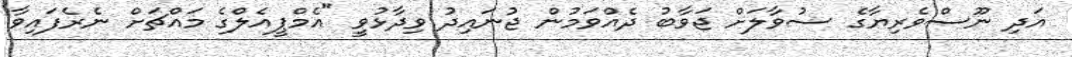
އަދި ނޫސްވެރިޔާގެ ސުވާލަށް ޖަވާބު ދެއްވަމުން ޖުނައިދު ވިދާޅުވީ "އެމްޕީއެލްގެ މައްޗަށް ނެރެފައިވާ